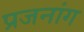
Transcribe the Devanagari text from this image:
प्रजनांग